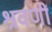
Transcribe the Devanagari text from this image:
श्रवणीं